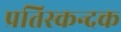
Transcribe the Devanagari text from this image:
प्रतिस्कन्दक